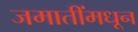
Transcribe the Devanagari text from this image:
जमातींमधून